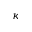
\kappa